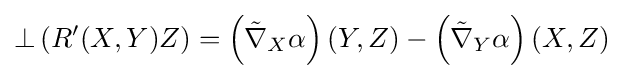
\bot \left(R'(X,Y)Z\right)=\left({\tilde {\nabla }}_{X}\alpha \right)(Y,Z)-\left({\tilde {\nabla }}_{Y}\alpha \right)(X,Z)